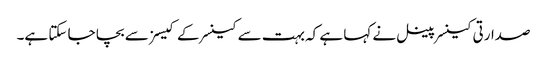
صدارتی کینسر پینل نے کہا ہے کہ بہت سے کینسر کے کیسز سے بچا جا سکتا ہے۔